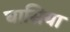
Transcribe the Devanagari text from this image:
घासिया